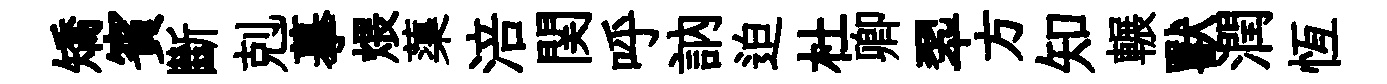
矯賓斷剋摹煨蕖涪関呼訥迫杜卿翆方知輾獸潤恆